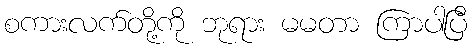
စကားလက်တို့ကို ဘုရား မမတာ ကြာပါပြီ